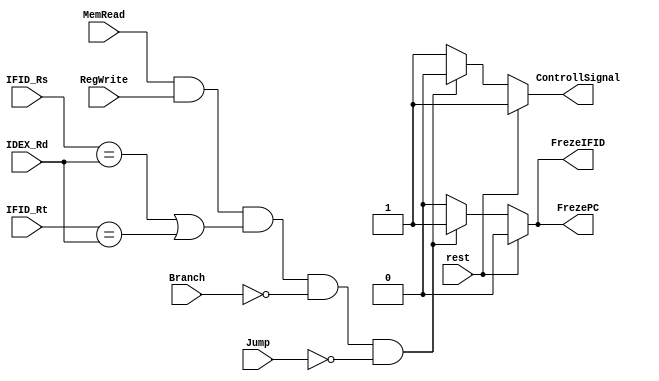
module Hazard_Detection_Unit(rest , MemRead , RegWrite , Branch , Jump , IFID_Rs , IFID_Rt , IDEX_Rd , ControllSignal , FrezeIFID , FrezePC);

	input rest , MemRead , RegWrite , Branch , Jump ;
	input [3:0] IFID_Rs , IFID_Rt , IDEX_Rd ;
	output ControllSignal , FrezeIFID , FrezePC ;

	reg ControllSignal_register , FrezeIFID_register , FrezePC_register ;
	assign ControllSignal = ControllSignal_register ;
	assign FrezeIFID = FrezeIFID_register ;
	assign FrezePC = FrezePC_register ;

	initial begin 
			ControllSignal_register <= 1 ;
			FrezeIFID_register <= 0 ;
			FrezePC_register <= 0 ;
	end
	always @(rest or MemRead or RegWrite) begin 
		if(rest) begin 
			ControllSignal_register <= 1 ;
			FrezeIFID_register <= 0 ;
			FrezePC_register <= 0 ;

		end else begin 
			if(MemRead && RegWrite && (IFID_Rs == IDEX_Rd || IFID_Rt== IDEX_Rd ) && !Branch && !Jump) begin 
				ControllSignal_register <= 0 ;
				FrezeIFID_register <= 1 ;
				FrezePC_register <= 1 ;
			end else begin 
				ControllSignal_register <= 1 ;
				FrezeIFID_register <= 0 ;
				FrezePC_register <= 0 ;
			end 
		end 
	end 
endmodule